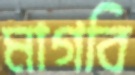
মাগবি